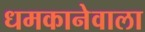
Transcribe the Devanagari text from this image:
धमकानेवाला